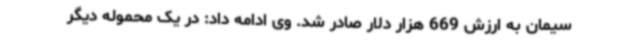
سیمان به ارزش 669 هزار دلار صادر شد. وی ادامه داد: در یک محموله دیگر